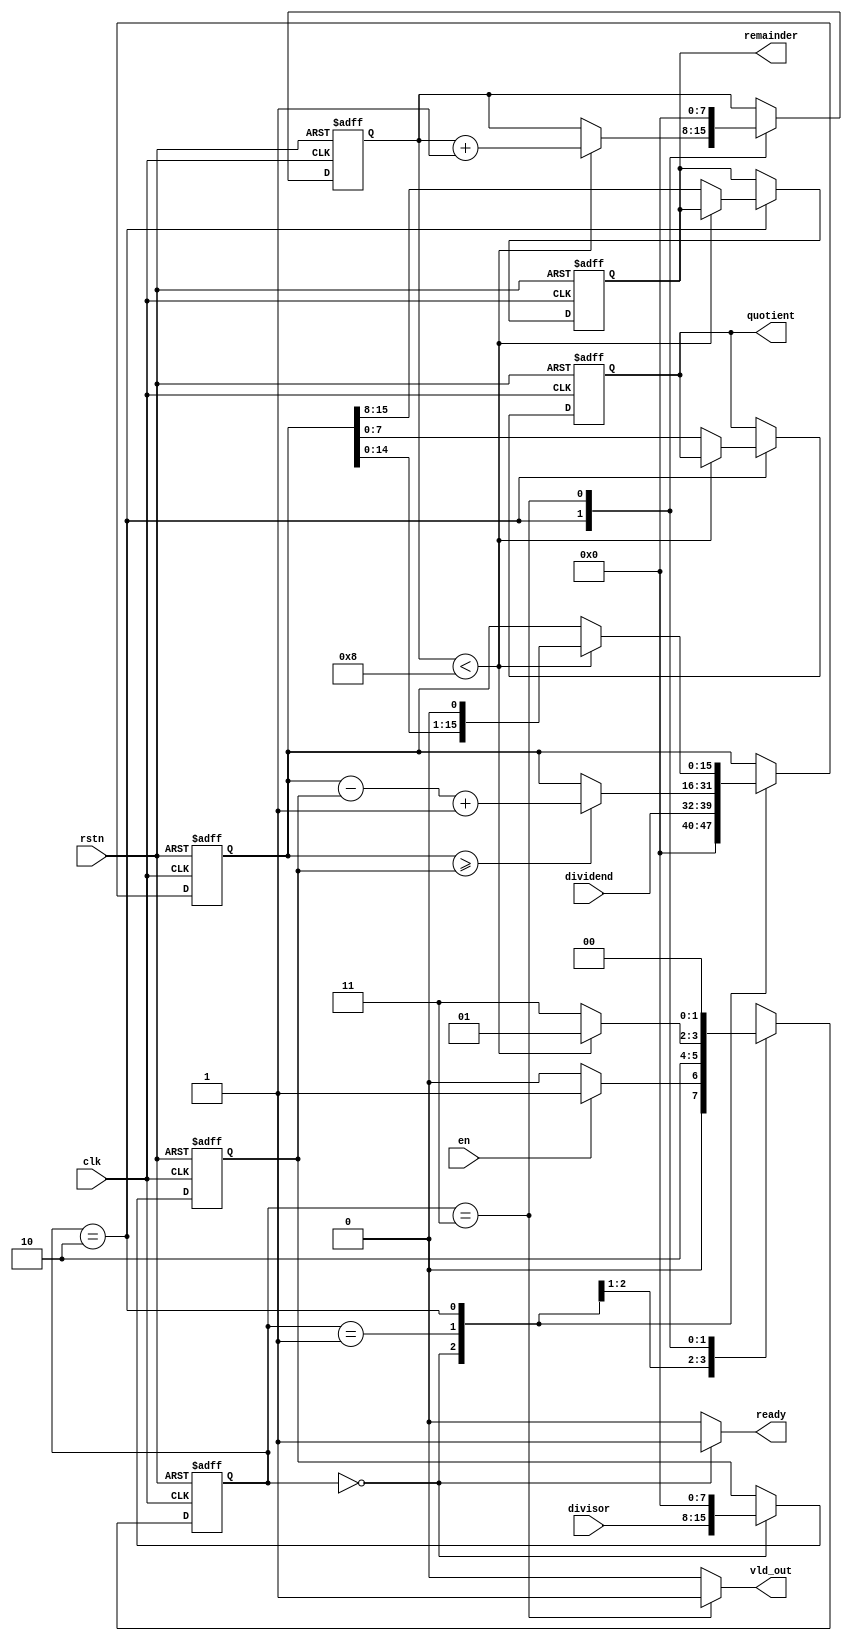
module radix2_div 
#(
parameter DATAWIDTH=8
)
(
  input                       clk,
  input                       rstn,
  input                       en,
  output  reg                ready,
  input  [DATAWIDTH-1:0]      dividend,
  input  [DATAWIDTH-1:0]      divisor,
  output reg [DATAWIDTH-1:0] quotient,
  output reg [DATAWIDTH-1:0] remainder,
  output reg                 vld_out
);

parameter IDLE =0;
parameter SUB  =1;
parameter SHIFT=2 ;
parameter DONE =3;

reg [DATAWIDTH*2-1:0] dividend_e ;
reg [DATAWIDTH*2-1:0] divisor_e  ;
reg [DATAWIDTH-1:0]   quotient_e ;
reg [DATAWIDTH-1:0]   remainder_e;


reg [1:0] current_state,next_state;

reg [DATAWIDTH-1:0] count;


always@(posedge clk or negedge rstn)
  if(!rstn) current_state <= IDLE;
  else current_state <= next_state;

always @(*) begin
  next_state <= 2'bx;
  case(current_state)
    IDLE: if(en) next_state <= SUB;
          else next_state <= IDLE;
    SUB:  next_state <= SHIFT;
    SHIFT:if(count < DATAWIDTH) next_state <= SUB;
          else next_state <= DONE;
    DONE: next_state <= IDLE;
  endcase
end

always@(posedge clk or negedge rstn) begin
 if(!rstn)begin
   dividend_e  <= 0;
   divisor_e   <= 0;
   quotient_e  <= 0;
   remainder_e <= 0;
   count       <= 0;
 end 
 else begin 
  case(current_state)
  IDLE:begin
         dividend_e <= {{DATAWIDTH{1'b0}},dividend};
         divisor_e  <= {divisor,{DATAWIDTH{1'b0}}};
       end
  SUB:begin
        if(dividend_e>=divisor_e)begin
           dividend_e <= dividend_e-divisor_e+1'b1;
         end
        else begin
           dividend_e <= dividend_e;
        end
      end
  SHIFT:begin
       if(count<DATAWIDTH)begin
         dividend_e <= dividend_e<<1;
         count      <= count+1;      
       end
       else begin
         quotient_e<= dividend_e[DATAWIDTH-1:0];
         remainder_e <= dividend_e[DATAWIDTH*2-1:DATAWIDTH];
       end
     end
  DONE:begin
        count       <= 0;
  end    
  endcase
 end
end

assign quotient  = quotient_e;
assign remainder = remainder_e;

assign ready=(current_state==IDLE)? 1'b1:1'b0;
assign vld_out=(current_state==DONE)? 1'b1:1'b0;

endmodule